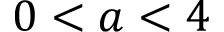
0 < a < 4